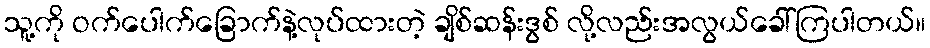
သူ့ကို ဝက်ပေါက်ခြောက်နဲ့လုပ်ထားတဲ့ ချိစ်ဆန်းဒွစ် လို့လည်းအလွယ်ခေါ်ကြပါတယ်။